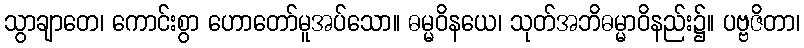
သွာချာတေ၊ ကောင်းစွာ ဟောတော်မူအပ်သော။ ဓမ္မဝိနယေ၊ သုတ်အဘိဓမ္မာဝိနည်း၌။ ပဗ္ဗဇိတာ၊